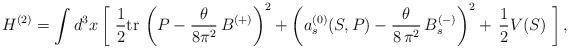
LaTeX: \begin{align*}H^{(2)} =\int d^3{x}\,\biggl[\,\, \frac{1}{2}\mbox{tr}\,\left(P - \frac{\theta}{8 \pi^2}\, B^{(+)}\right)^2+\left(a_s^{(0)}(S, P) - \frac{\theta}{8\, \pi^2}\, B^{(-)}_s\right)^2 + \,\frac{1}{2} V(S) \ \biggr]\,,\end{align*}